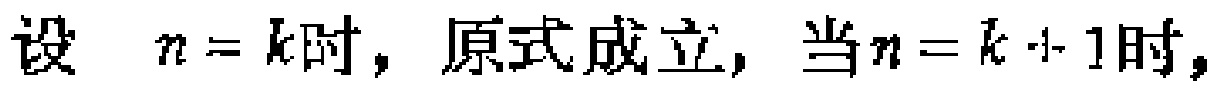
设 \(n = k\)时，原式成立，当\(n = k + 1\)时，